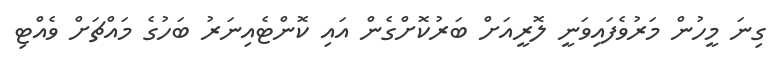
ގިނަ މީހުން މަރުވެފައިވަނީ ލޮރީއަށް ބަރުކޮށްގެން އައި ކޮންޓެއިނަރު ބަހުގެ މައްޗަށް ވެއްޓި